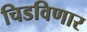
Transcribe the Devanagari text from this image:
चिडविणार